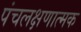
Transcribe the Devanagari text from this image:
पंचलक्षणात्मक